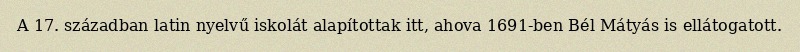
A 17. században latin nyelvű iskolát alapítottak itt, ahova 1691-ben Bél Mátyás is ellátogatott.